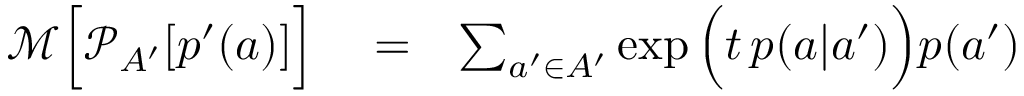
\begin{array} { r l r } { \mathcal { M } \Big [ \mathcal { P } _ { A ^ { \prime } } [ p ^ { \prime } ( a ) ] \Big ] } & { { } = } & { \sum _ { a ^ { \prime } \in A ^ { \prime } } \exp \Big ( t \, p ( a | a ^ { \prime } ) \Big ) p ( a ^ { \prime } ) } \end{array}